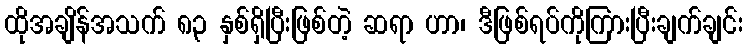
ထိုအချိန်အသက် ၈၃ နှစ်ရှိပြီးဖြစ်တဲ့ ဆရာ ဟာ၊ ဒီဖြစ်ရပ်ကိုကြားပြီးချက်ချင်း